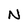
Character: N